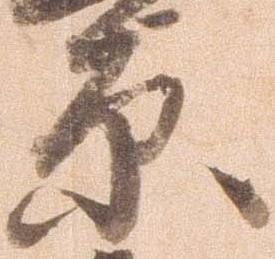
原